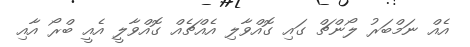
އެއް ނަމްބަރު ލޯންޗް ގައި ގޮއްވާލި އެއްޗެއް ގޮއްވާލީ އެއީ ބްރޯ އާއި